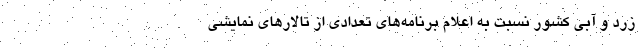
زرد و آبی کشور نسبت به اعلام برنامه‌های تعدادی از تالارهای نمایشی